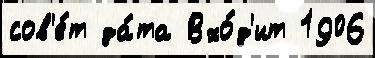
сов'е́т да́та Вхо́д'ит 1906